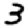
Digit: 3